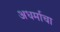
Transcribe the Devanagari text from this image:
अधर्माचा